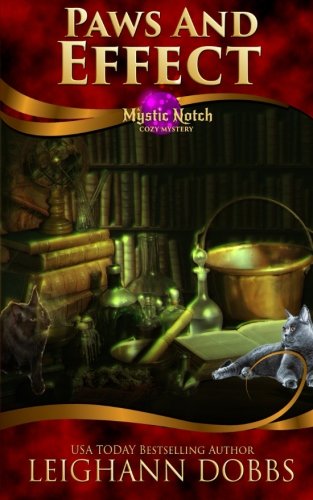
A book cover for Paws and Effect (Mystic Notch Cozy Mystery Series) (Volume 4); Leighann Dobbs; Mystery, Thriller & Suspense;